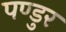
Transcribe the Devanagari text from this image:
पण्डुर